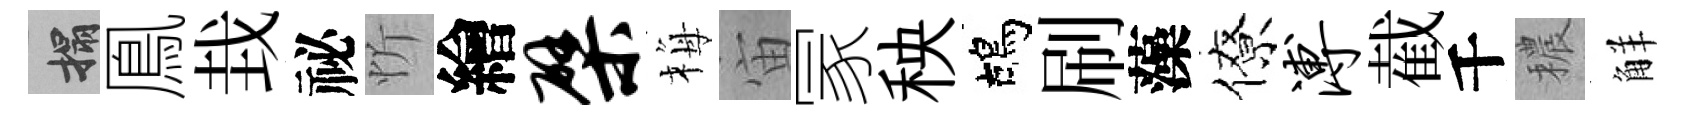
搨鳯㘽祕忻繪檗梅宙冡秧鴣刷藻僚溥截千穠觧